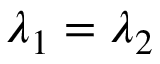
\lambda _ { 1 } = \lambda _ { 2 }